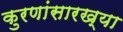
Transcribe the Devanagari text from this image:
कुरणांसारख्या